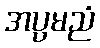
အပ္ပမညံ